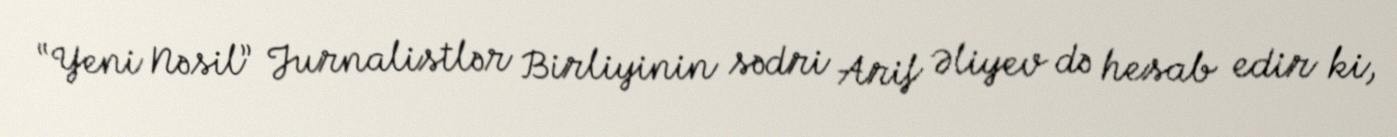
“Yeni Nəsil” Jurnalistlər Birliyinin sədri Arif Əliyev də hesab edir ki,